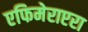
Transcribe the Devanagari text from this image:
एफिमेराप्टरा